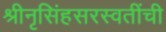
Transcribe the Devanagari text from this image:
श्रीनृसिंहसरस्वतींची